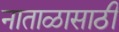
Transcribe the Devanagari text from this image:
नाताळासाठी